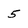
Character: 5